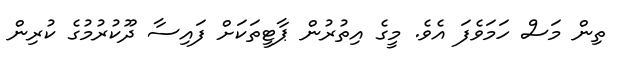
ތިން މަސް ހަމަވެފަ އެވެ. މީގެ އިތުރުން ޕާޓީތަކަށް ފައިސާ ދޫކުރުމުގެ ކުރިން